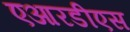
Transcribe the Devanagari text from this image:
एआरडीएस